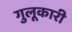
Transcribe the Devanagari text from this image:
गुलूकारी